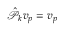
\hat { \mathcal P } _ { k } v _ { p } = v _ { p }